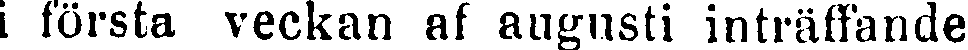
i första veckan af augusti inträffande